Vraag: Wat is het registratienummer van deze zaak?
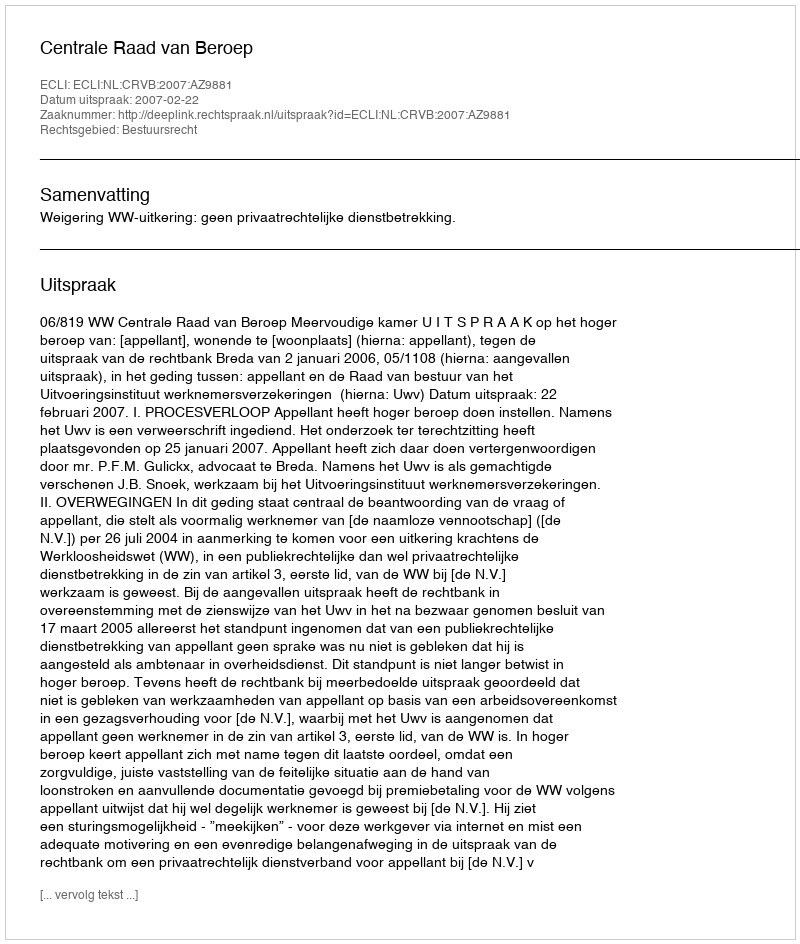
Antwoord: http://deeplink.rechtspraak.nl/uitspraak?id=ECLI:NL:CRVB:2007:AZ9881